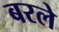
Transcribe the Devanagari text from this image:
बरले